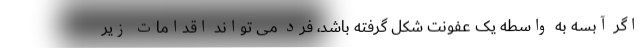
اگر آبسه به واسطه یک عفونت شکل گرفته باشد، فرد می تواند اقدامات زیر